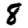
Digit: 8